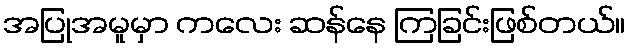
အပြုအမူမှာ ကလေး ဆန်နေ ကြခြင်းဖြစ်တယ်။